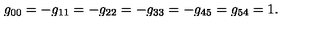
g _ { 0 0 } = - g _ { 1 1 } = - g _ { 2 2 } = - g _ { 3 3 } = - g _ { 4 5 } = g _ { 5 4 } = 1 .